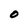
Character: O